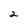
Character: 2